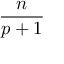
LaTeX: \frac { n } { p + 1 }